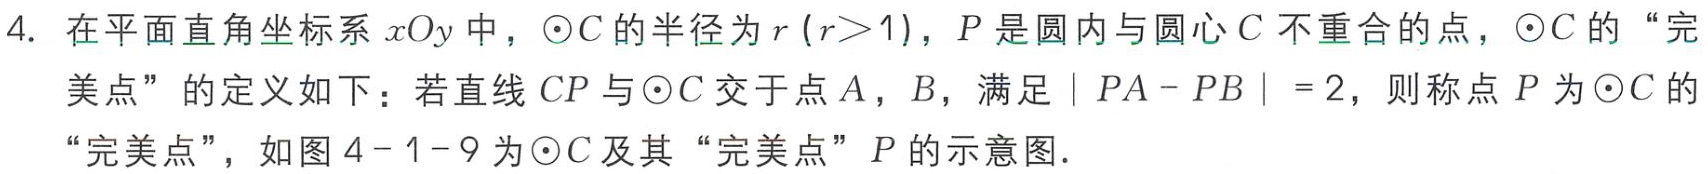
4. 在平面直角坐标系\(xOy\)中，\(\odot C\)的半径为\(r\ (r > 1)\)，\(P\)是圆内与圆心\(C\)不重合的点，\(\odot C\)的“完美点”的定义如下：若直线\(CP\)与\(\odot C\)交于点\(A\)，\(B\)，满足\(\vert PA - PB\vert = 2\)，则称点\(P\)为\(\odot C\)的“完美点”，如图\(4 - 1 - 9\)为\(\odot C\)及其“完美点”\(P\)的示意图.